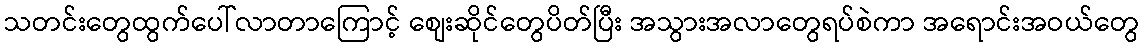
သတင်းတွေထွက်ပေါ်လာတာကြောင့် စျေးဆိုင်တွေပိတ်ပြီး အသွားအလာတွေရပ်စဲကာ အရောင်းအဝယ်တွေ